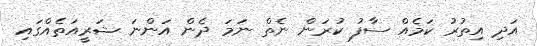
އަދި އިތުރު ކަމެއް ސާފު ކުރަން ނެތް ނަމަ ދެން އަންނަ ޝަރީއަތެއްގައި